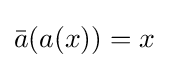
{\bar {a}}(a(x))=x